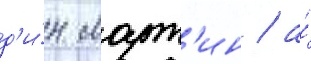
д'и́н март'ин / а́